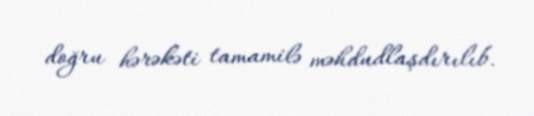
doğru hərəkəti tamamilə məhdudlaşdırılıb.